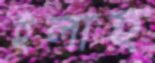
ইলাহ